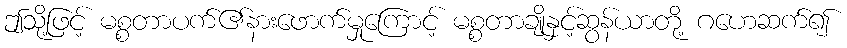
ဤသို့ဖြင့် မစ္စတာပက်၏နားဖောက်မှုကြောင့် မစ္စတာချိုနှင့်ဆွန်ယာတို့ ဂဟေဆက်၍